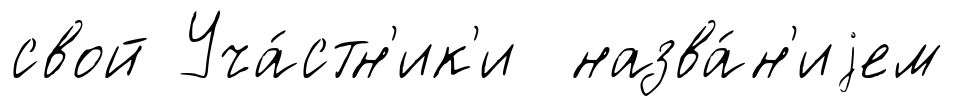
свой Уча́стн'ик'и назва́н'иjем